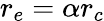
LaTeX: r_{e}=\alpha r_{c}